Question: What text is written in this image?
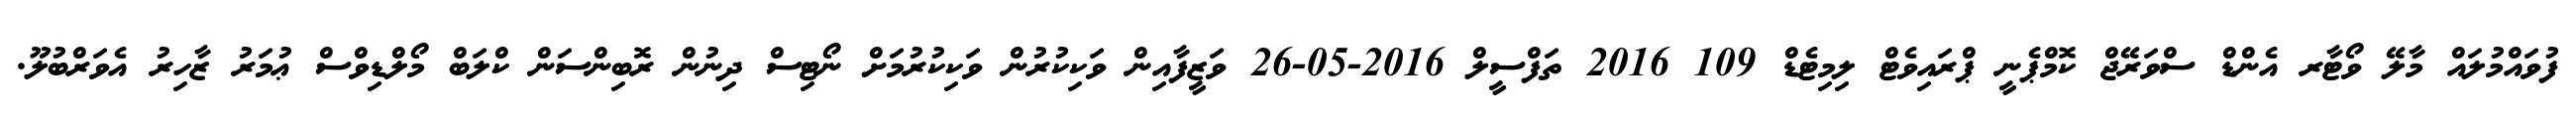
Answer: ފުވައްމުލައް މާލޭ ވޯޓާރ އެންޑް ސްވަރޭޖް ކޮމްޕެނީ ޕްރައިވެޓް ލިމިޓެޑް 109 2016 ތަފްސީލް 2016-05-26 ވަޒީފާއިން ވަކިކުރުން ވަކިކުރުމަށް ނޯޓިސް ދިނުން ރޮބިންސަން ކްލަބް މޯލްޑިވްސް ޢުމަރު ޒާހިރު އެވަރްބުލޫ.